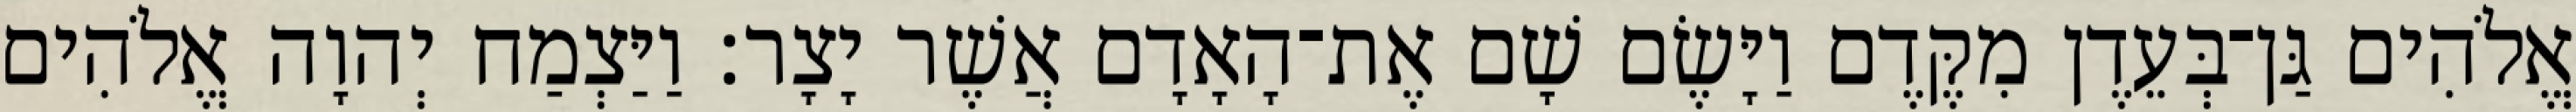
אֱלֹהִים גַּן־בְּעֵדֶן מִקֶּדֶם וַיָּשֶׂם שָׁם אֶת־הָאָדָם אֲשֶׁר יָצָר׃ וַיַּצְמַח יְהוָה אֱלֹהִים